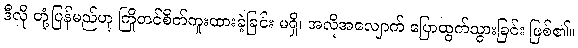
ဒီလို တုံ့ပြန်မည်ဟု ကြိုတင်စိတ်ကူးထားခဲ့ခြင်း မရှိ၊ အလိုအလျောက် ပြောထွက်သွားခြင်း ဖြစ်၏။